Indian journal of veterinary science and animal husbandry - Volumes 18-21, 1948-1951
Year: 1948
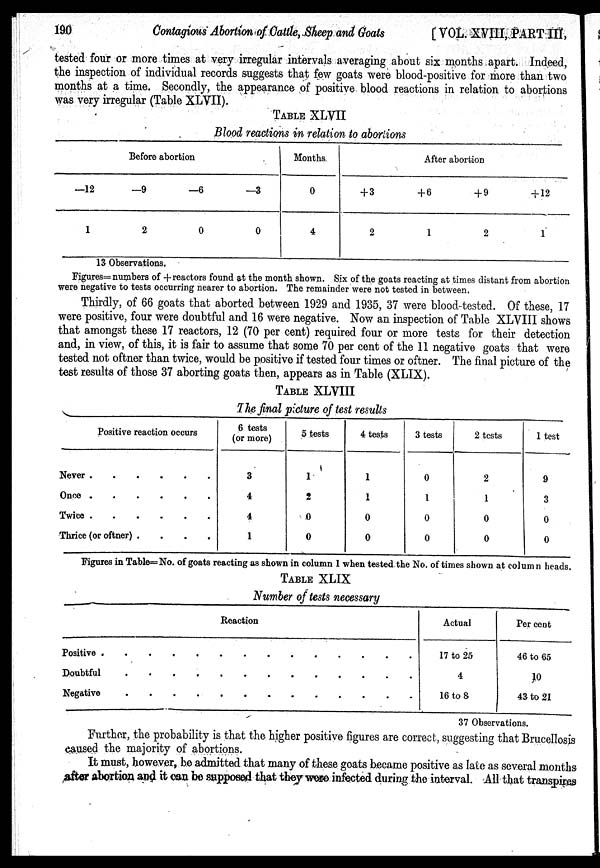
190
Contagious Abortion of Cattle, Sheep and Goats
[VOL. XVIII, PART III,
tested four or more times at very irregular intervals averaging about six months apart. Indeed,
the inspection of individual records suggests that few goats were blood-positive for more than two
months at a time. Secondly, the appearance of positive blood reactions in relation to abortions
was very irregular (Table XLVII).
TABLE XLVII
Blood reactions in relation to abortions
Before abortion
—12
1
—9
2
—6
0
—3
0
Months.
0
4
After abortion
+3
2
+6
1
+9
2
+ 12
1
13 Observations.
Figures= numbers of +reactors found at the month shown. Six of the goats reacting at times distant from abortion
were negative to tests occurring nearer to abortion. The remainder were not tested in between.
Thirdly, of 66 goats that aborted between 1929 and 1935, 37 were blood-tested. Of these, 17
were positive, four were doubtful and 16 were negative. Now an inspection of Table XLVIII shows
that amongst these 17 reactors, 12 (70 per cent) required four or more tests for their detection
and, in view, of this, it is fair to assume that some 70 per cent of the 11 negative goats that were
tested not oftner than twice, would be positive if tested four times or oftner. The final picture of the
test results of those 37 aborting goats then, appears as in Table (XLIX).
TABLE XLVIII
The final picture of test results
Positive reaction occurs
Never . . . . . .
Once . . . . . .
Twice . . . . . .
Thrice (or oftner) . . .
6 tests
(or more)
3
4
4
1
5 tests
1
2
0
0
4 tests
1
1
0
0
3 tests
0
1
0
0
2 tests
2
1
0
0
1 test
9
3
0
0
Figures in Table=No. of goats reacting as shown in column I when tested the No. of times shown at column heads.
TABLE XLIX
Number of tests necessary
Reaction
Positive . . . . . . . . . . . . .
Doubtful . . . . . . . . . . . . .
Negative . . . . . . . . . . . . .
Actual
17 to 25
4
16 to 8
Per cent
46 to 65
10
43 to 21
37 Observations.
Further, the probability is that the higher positive figures are correct, suggesting that Brucellosis
caused the majority of abortions.
It must, however, be admitted that many of these goats became positive as late as several months
after abortion and it can be supposed that they were infected during the interval. All that transpires